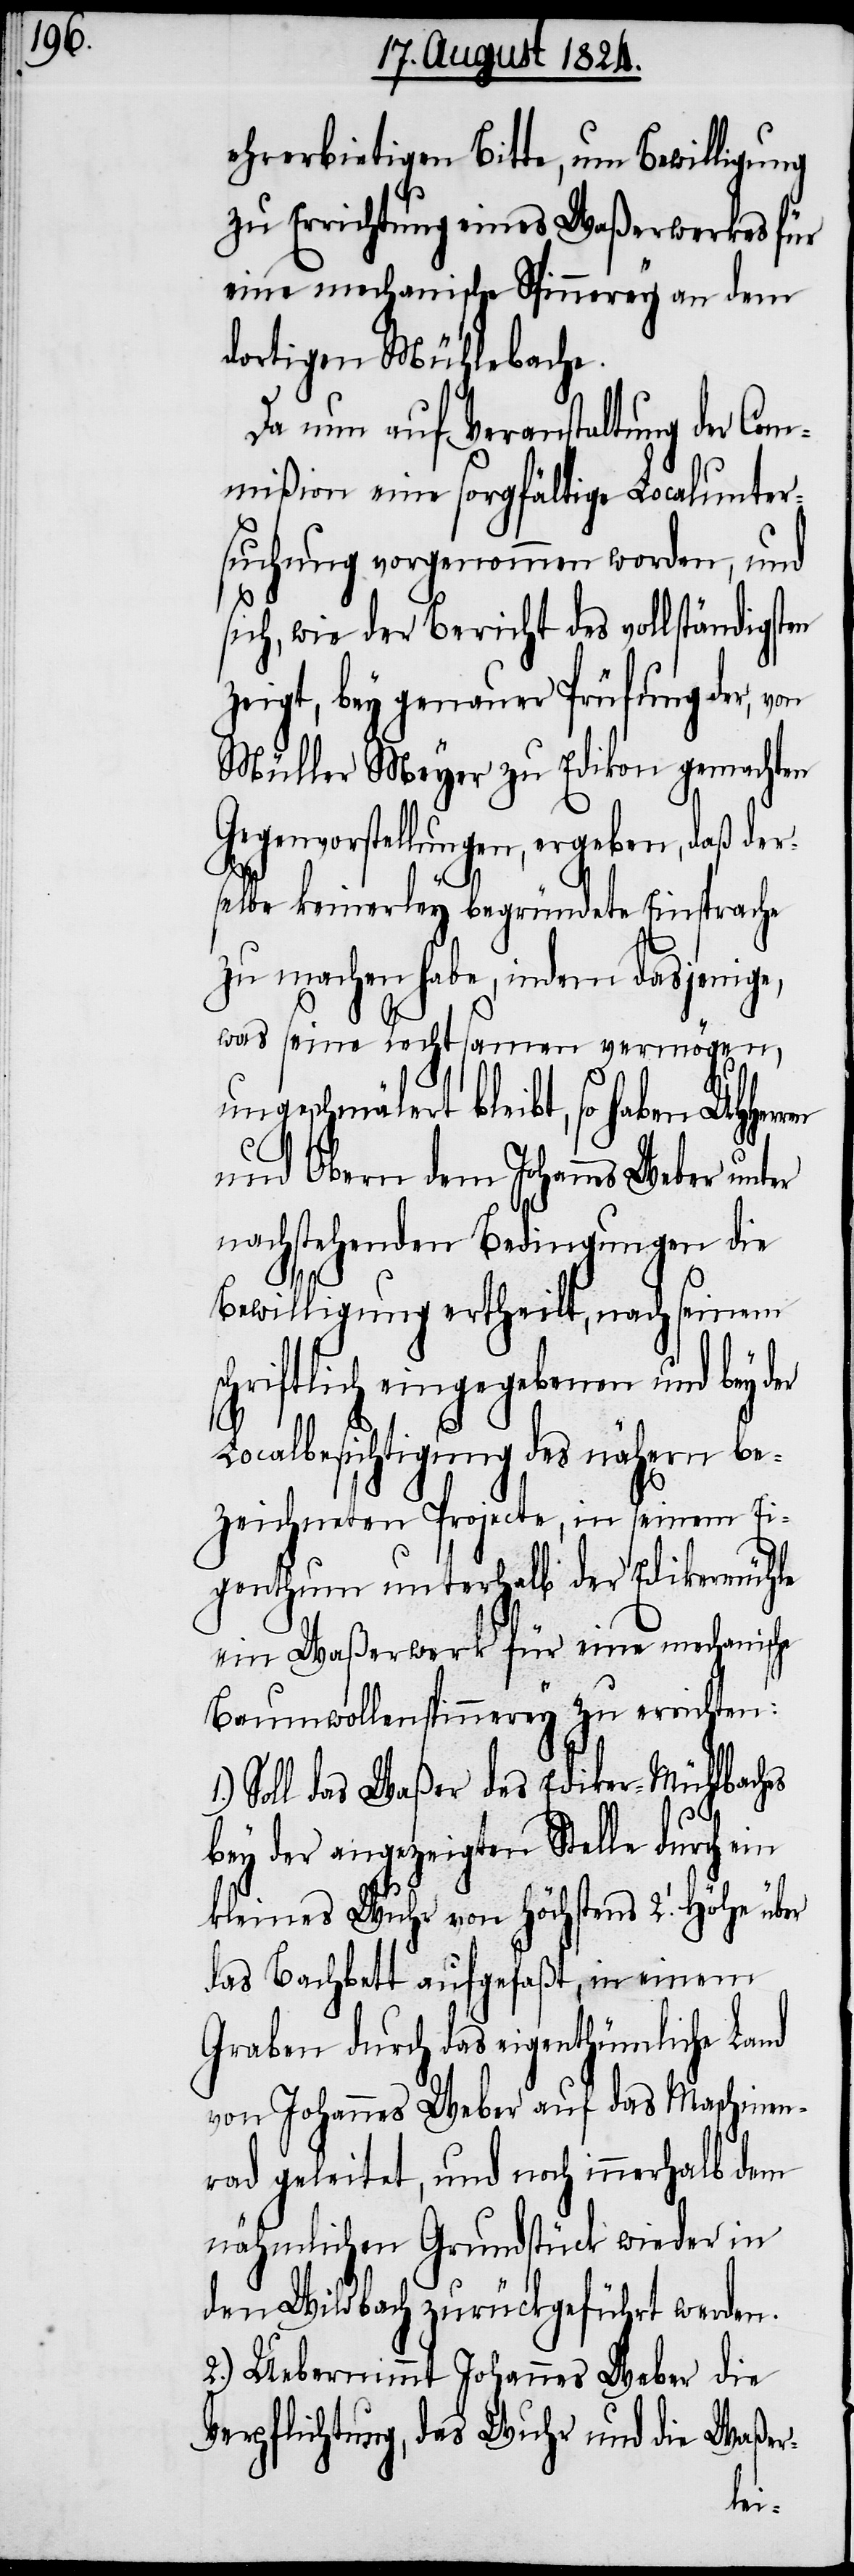
ehrerbietigen Bitte, um Bewilligung
zu Errichtung eines Waßerwerkes für
eine mechanische Spinnerey an dem
dortigen Mühlbache.
Da nun auf Veranstaltung der Com¬
mißion eine sorgfältige Localunter¬
suchung vorgenommen worden, und
sich, wie der Bericht des vollständigsten
zeigt, bey genauer Prüfung der, von
Müller Meyer zu Edikon gemachten
Gegenvorstellungen, ergeben, daß der¬
selbe keinerley begründete Einsprache
zu machen habe, indem dasjenige,
was seine Rechtsamen vermögen,
ungeschmälert bleibt, so haben UHHer¬
und Obern dem Johannes Weber unter
nachstehenden Bedingungen die
Bewilligung ertheilt, nach seinem
schriftlich eingegebenen und bey
Localbesichtigung des nähern be¬
zeichneten Projecte, in seinem Ei¬
genthum unterhalb der Edikermühle
ein Waßerwerk für eine mechanische
Baumwollenspinnerey zu errichten:
Soll das Waßer des Ediker-Mühlbaches
bey der angezeigten Stelle durch ein
kleines Wuhr von höchstens 2. [Fuß] Höhe
das Bachbett aufgefaßt, in einem
Graben durch das eigenthümliche Land
von Johannes Weber auf das Maschinen¬
rad geleitet, und noch innerhalb dem
nähmlichen Grundstück wieder in
den Wildbach zurückgeführt werden.
2.) Uebernimmt Johannes Weber die
Verpflichtung, das Wuhr und die Waßer-
der